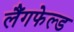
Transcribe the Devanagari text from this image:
लैंगफेल्ड